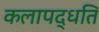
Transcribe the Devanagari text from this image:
कलापद्धति